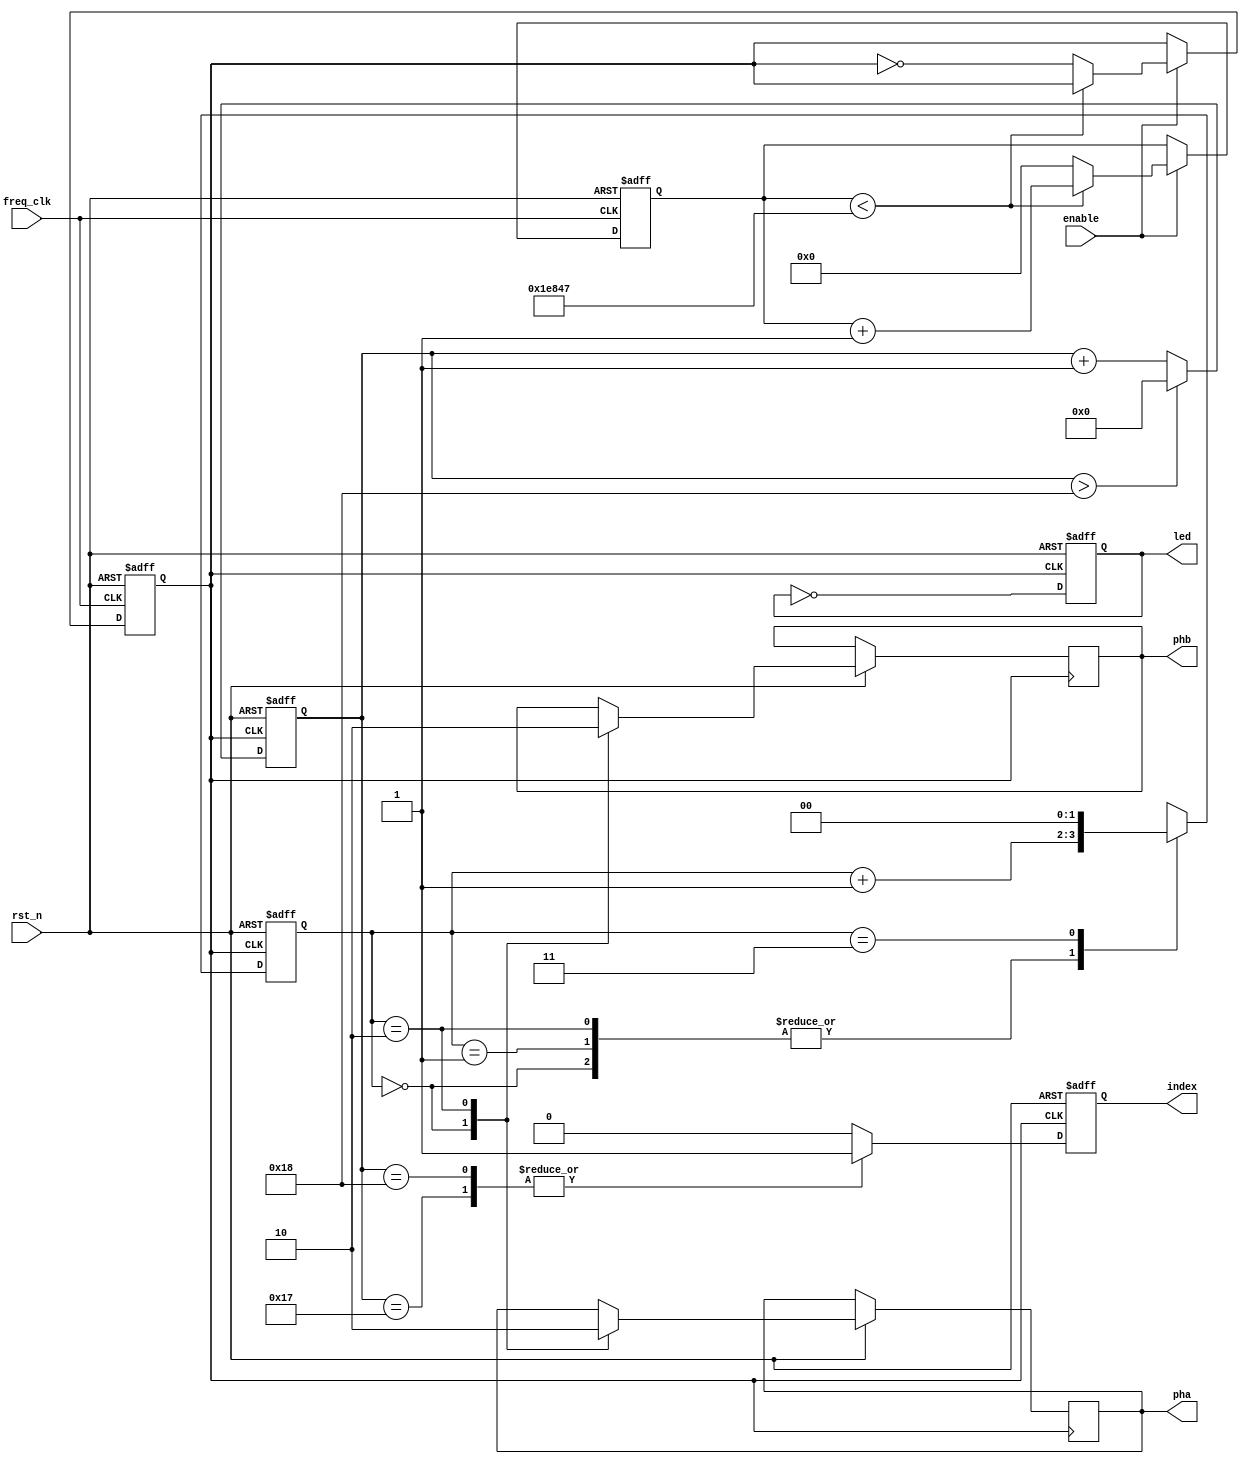
module qdec(rst_n, freq_clk, enable, pha, phb,index, led);

input rst_n;
input freq_clk;
input enable;
output pha;
output phb;
output index;
output led;


reg pha_reg;
reg phb_reg;
reg index_reg;
reg[7:0] pha_count;

//debug led
reg led;

// generate 100 Hz from 50 MHz
reg [31:0] count_reg;
reg out_200hz;

always @(posedge freq_clk or negedge rst_n) begin
    if (!rst_n) begin
        count_reg <= 0;
        out_200hz <= 0;
        count_reg <= 0;
        out_200hz <= 0;
	
    end 
	 else if (enable) 
	 begin
        if (count_reg < 124999) begin
            count_reg <= count_reg + 1;
        end else begin
            count_reg <= 0;
            out_200hz <= ~out_200hz;
        end
    end
end

/*
  we will be generating waveform like below
        _   _
  pha  | |_| |_
         _   _  
  phb  _| |_| |_
                                 _
  home <every 12 clock of pha> _| |_
                                  _
  index <every 12 clock of pha> _| |_
*/

/* process the  pha_count*/
always @ (posedge out_200hz or negedge rst_n)
begin
	if (!rst_n)
	begin
		pha_count <= 8'd0;
		led <= 1'b0; 
	end
	else if (out_200hz)
	begin
	   led <= ~led; 
		if(pha_count>8'd24)
			pha_count <= 8'd0;
		else
			pha_count <= pha_count + 8'd1;
	end
end

reg[1:0] Phase90_Count;
/*process the pha signal*/
always @ (posedge out_200hz or negedge rst_n)
begin
	if (!rst_n)
	begin
		Phase90_Count <= 2'b0;
	end
	else if (out_200hz)
	begin
		case (Phase90_Count)
			2'd0:	
			begin
                pha_reg <=  1'd1;
                phb_reg <=  1'd1;
                Phase90_Count <= Phase90_Count + 2'd1;
			end
			2'd1: 
			begin
                Phase90_Count <= Phase90_Count + 2'd1;
			end		 
			2'd2:	
			begin
                pha_reg <=  1'd0;
                phb_reg <=  1'd0;
                Phase90_Count <= Phase90_Count + 2'd1;
			end
			2'd3: 
			begin
                Phase90_Count <= 2'd0;
			end
		endcase
	end
end
assign pha = pha_reg;
assign phb = phb_reg;


/*process the index signal*/
always @ (posedge out_200hz or negedge rst_n)
begin
	if (!rst_n)
	begin
		index_reg <= 1'b0;
	end
	else if (out_200hz)
	begin
		case (pha_count)
			8'd23:	index_reg <=  1'd1;
			8'd24:	index_reg <=  1'd1;
			default: index_reg <=  1'd0;
		endcase
	end
end
assign index = index_reg;

endmodule